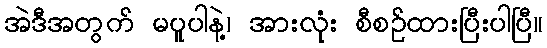
အဲဒီအတွက် မပူပါနဲ့၊ အားလုံး စီစဉ်ထားပြီးပါပြီ။